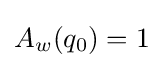
A_{w}(q_{0})=1